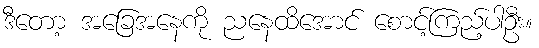
ဒီတော့ အခြေအနေကို ညနေထိအောင် စောင့်ကြည့်ပါဦး။